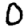
Digit: 0